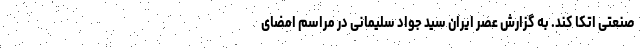
صنعتی اتکا کند. به گزارش عصر ایران سید جواد سلیمانی در مراسم امضای